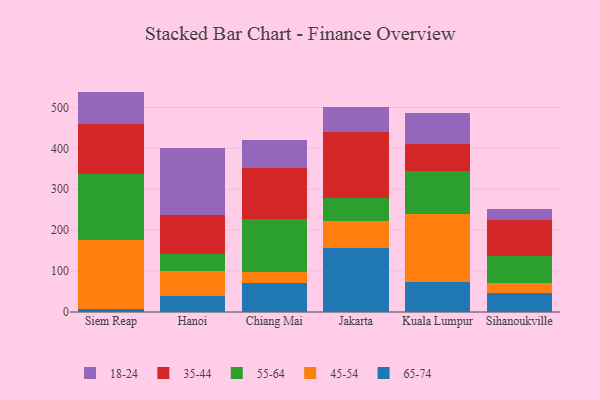
{"axis": {"x": "City", "y": "Market Share (%)"}, "legend": ["18-24", "35-44", "45-54", "55-64", "65-74"], "data": [{"x": "Siem Reap", "y": 6.7, "type": "65-74"}, {"x": "Siem Reap", "y": 169.1, "type": "45-54"}, {"x": "Siem Reap", "y": 161.4, "type": "55-64"}, {"x": "Siem Reap", "y": 122.9, "type": "35-44"}, {"x": "Siem Reap", "y": 78.5, "type": "18-24"}, {"x": "Hanoi", "y": 38.2, "type": "65-74"}, {"x": "Hanoi", "y": 60.9, "type": "45-54"}, {"x": "Hanoi", "y": 41.9, "type": "55-64"}, {"x": "Hanoi", "y": 95.2, "type": "35-44"}, {"x": "Hanoi", "y": 165.5, "type": "18-24"}, {"x": "Chiang Mai", "y": 70.9, "type": "65-74"}, {"x": "Chiang Mai", "y": 27.4, "type": "45-54"}, {"x": "Chiang Mai", "y": 129.0, "type": "55-64"}, {"x": "Chiang Mai", "y": 125.0, "type": "35-44"}, {"x": "Chiang Mai", "y": 68.1, "type": "18-24"}, {"x": "Jakarta", "y": 156.0, "type": "65-74"}, {"x": "Jakarta", "y": 66.2, "type": "45-54"}, {"x": "Jakarta", "y": 56.2, "type": "55-64"}, {"x": "Jakarta", "y": 161.2, "type": "35-44"}, {"x": "Jakarta", "y": 62.5, "type": "18-24"}, {"x": "Kuala Lumpur", "y": 73.5, "type": "65-74"}, {"x": "Kuala Lumpur", "y": 164.9, "type": "45-54"}, {"x": "Kuala Lumpur", "y": 106.3, "type": "55-64"}, {"x": "Kuala Lumpur", "y": 66.6, "type": "35-44"}, {"x": "Kuala Lumpur", "y": 74.0, "type": "18-24"}, {"x": "Sihanoukville", "y": 47.4, "type": "65-74"}, {"x": "Sihanoukville", "y": 22.6, "type": "45-54"}, {"x": "Sihanoukville", "y": 66.0, "type": "55-64"}, {"x": "Sihanoukville", "y": 89.9, "type": "35-44"}, {"x": "Sihanoukville", "y": 26.4, "type": "18-24"}]}